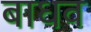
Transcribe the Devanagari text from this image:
बाधव